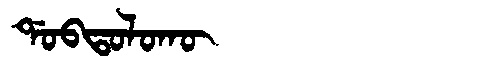
Manchu: ᡩᠣᠪᡨᠣᠯᠣᡴᡡ
Romanization: DOBTOLOKŪ